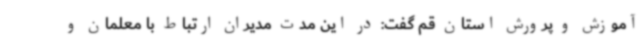
آموزش ‌و پرورش استان قم گفت: در این مدت مدیران ارتباط با معلمان و